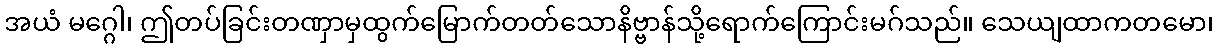
အယံ မဂ္ဂေါ၊ ဤတပ်ခြင်းတဏှာမှထွက်မြောက်တတ်သောနိဗ္ဗာန်သို့ရောက်ကြောင်းမဂ်သည်။ သေယျထာကတမော၊